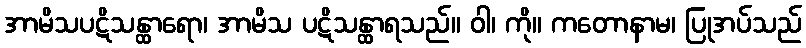
အာမိသပဋိသန္ထာရော၊ အာမိသ ပဋိသန္ထာရသည်။ ဝါ၊ ကို။ ကတောနာမ၊ ပြုအပ်သည်